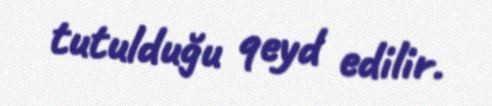
tutulduğu qeyd edilir.